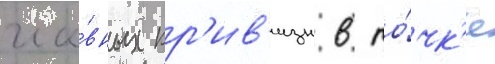
гла́вных кр'ив'изн в то́чк'е